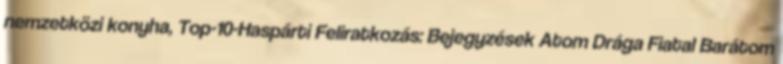
nemzetközi konyha, Top-10-Haspárti Feliratkozás: Bejegyzések Atom Drága Fiatal Barátom